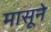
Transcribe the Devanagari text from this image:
मासूने